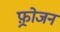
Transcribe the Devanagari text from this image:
फ़्रोजन